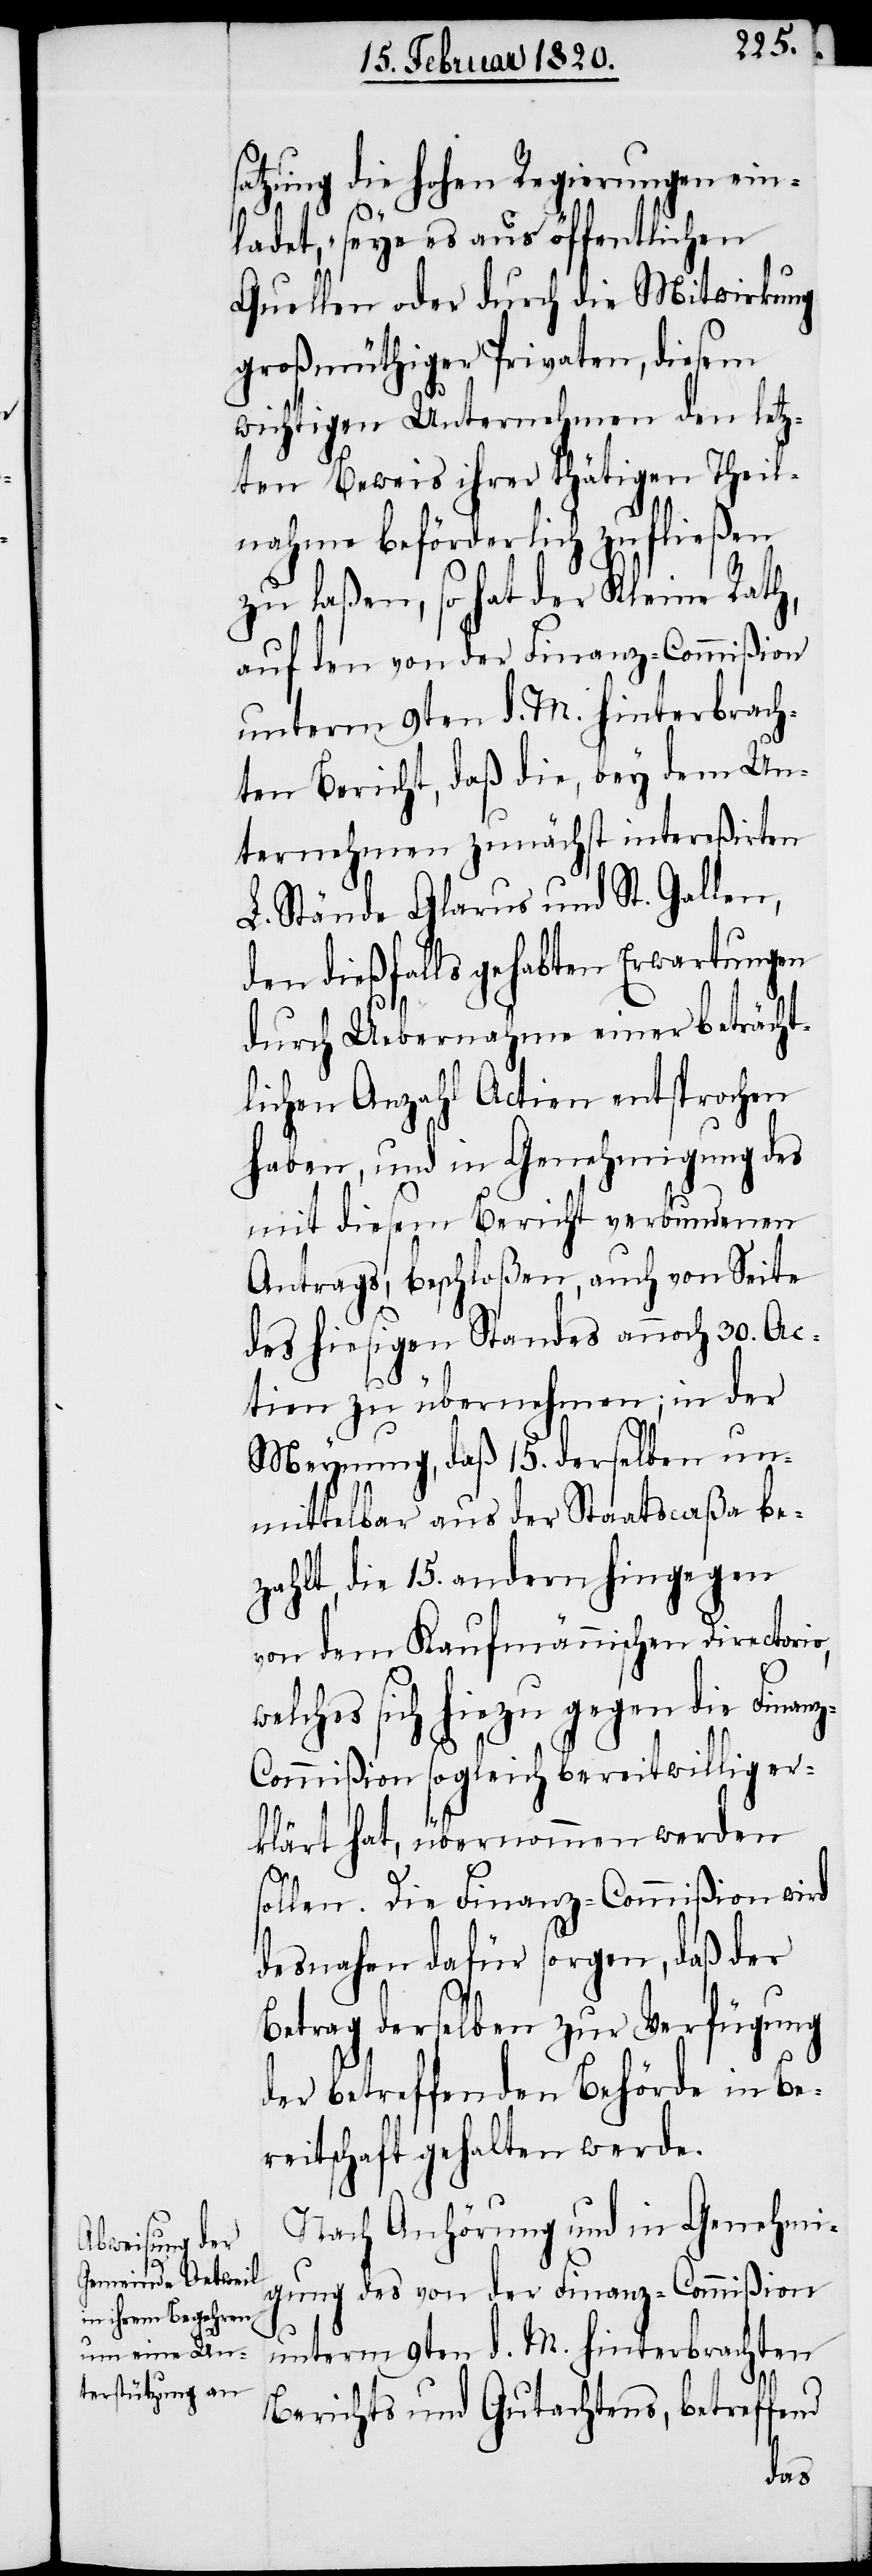
satzung die hohen Regierungen ein¬
ladet, „seye es aus öffentlichen
Quellen oder durch die Mitwirkung
großmüthiger Privaten, diesem
wichtigen Unternehmen den letz¬
ten Beweis ihrer thätigen Theil¬
nahme beförderlich zufließen
zu laßen, so hat der Kleine Rath,
auf den von der Finanz-Commißion
unterm 9ten d. M. hinterbrach¬
ten Bericht, daß die, bey dem Un¬
ternehmen zunächst intereßirten
L. Stände Glarus und St. Gallen,
den dießfalls gehabten Erwartungen
durch Uebernahme einer beträcht¬
lichen Anzahl Actien entsprochen
haben, und in Genehmigung des
mit diesem Bericht verbundenen
Antrags, beschloßen, auch von Seite
des hiesigen Standes annoch 30. Ac¬
tien zu übernehmen; in der
Meynung, daß 15. derselben un¬
mittelbar aus der Staatscaßa be¬
zahlt, die 15. andern hingegen
von dem Kaufmännischen Directorio,
welches sich hiezu gegen die Finan¬
z-Commißion sogleich bereitwillig er¬
klärt hat, übernommen werden
sollen. Die Finanz-Commißion wird
desnahen dafür sorgen, daß der
Betrag derselben zur Verfügung
der betreffenden Behörde in Be¬
reitschaft gehalten werde.
Nach Anhörung und in Genehmi¬
gung des von der Finanz-Commißion
unterm 9ten d. M. hinterbrachten
Berichts und Gutachtens, betreffend